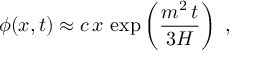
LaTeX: \phi ( x , t ) \approx c \, x \, \exp \left( { \frac { m ^ { 2 } \, t } { 3 H } } \right) \ ,